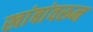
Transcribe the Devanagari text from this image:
खांबांवरून